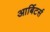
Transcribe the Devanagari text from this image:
आर्बिटर्स